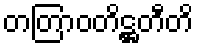
တတြာဝတိဋ္ဌတီတိ